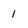
Character: 1